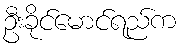
ဦးခိုင်မောင်ရည်က